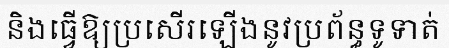
និងធ្វើឱ្យប្រសើរឡើងនូវប្រព័ន្ធទូទាត់